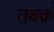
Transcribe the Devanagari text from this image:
तबक़ें